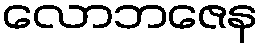
လောဘဇေန